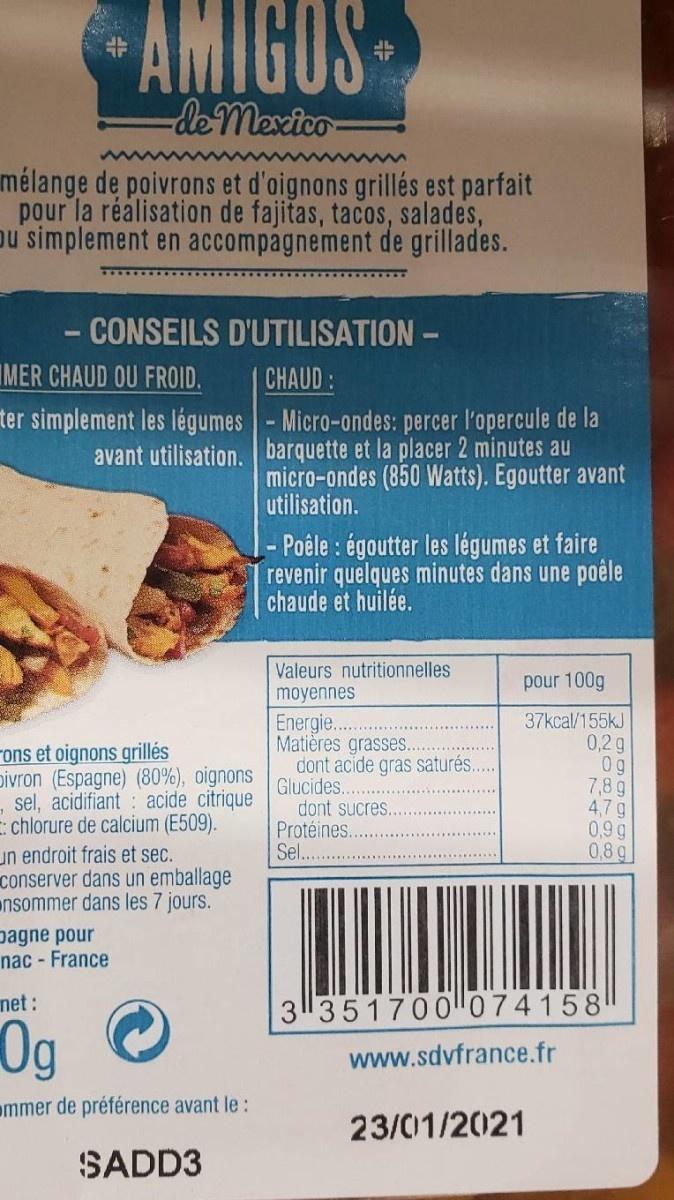
AMIGOS
-de mexico
mélange de poivrons et d'oignons grillés est parfait pour la réalisation de fajitas, tacos, salades, pu simplement en accompagnement de grillades.
- CONSEILS D'UTILISATION -
IMER CHAUD OU FROID.
CHAUD:
ter simplement les légumes -Micro-ondes: percer l'opercule de la avant utilisation. barquette et la placer 2 minutes au
micro-ondes (850 Watts). Egoutter avant
utilisation.
Poêle: égoutter les légumes et faire revenir quelques minutes dans une poêle chaude et huilée.
Valeurs nutritionnelles
pour 100g
moyennes
Energie. Matières grasses.. dont acide gras saturés.... Glucides. dont sucres... Protéines. Sel.
37kcal/155kJ 0,2 g
rons et oignons grillés pivron (Espagne) (80%), oignons , sel, acidifiant : acide citrique E: chlorure de calcium (E509). un endroit frais et sec. conserver dans un emballage nsommer dans les 7 jours. pagne pour nac - France
7,8 g 4,7 g 0,9 g 0,8 g
net :
3351700074158
0g
www.sdvfrance.fr
mmer de préférence avant le :
23/01/2021
SADD3